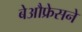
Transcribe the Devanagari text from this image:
बेऔफ्रेसने